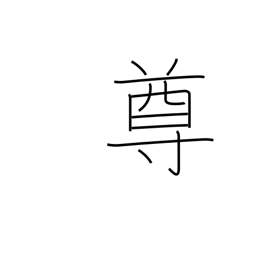
Meaning: noble